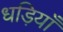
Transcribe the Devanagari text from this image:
धड़ियाँ